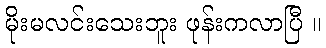
မိုးမလင်းသေးဘူး ဖုန်းကလာပြီ ။